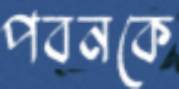
পবনকে